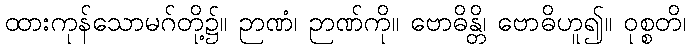
ထားကုန်သောမဂ်တို့၌။ ဉာဏံ၊ ဉာဏ်ကို။ ဗောဓိန္တိ၊ ဗောဓိဟူ၍။ ဝုစ္စတိ၊